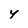
Character: y